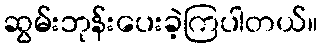
ဆွမ်းဘုန်းပေးခဲ့ကြပါတယ်။